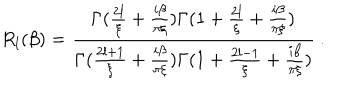
R _ { l } ( \beta ) = { \frac { \Gamma ( { \frac { 2 l } { \xi } } + { \frac { i \beta } { \pi \xi } } ) \Gamma ( 1 + { \frac { 2 l } { \xi } } + { \frac { i \beta } { \pi \xi } } ) } { \Gamma ( { \frac { 2 l + 1 } { \xi } } + { \frac { i \beta } { \pi \xi } } ) \Gamma ( 1 + { \frac { 2 l - 1 } { \xi } } + { \frac { i \beta } { \pi \xi } } ) } } \ .